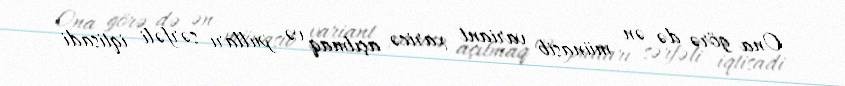
Ona görə də ən münasib variant xaricə açılmaq və pulları sərfəli iqtisadi